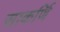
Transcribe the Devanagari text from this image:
साकर्णि